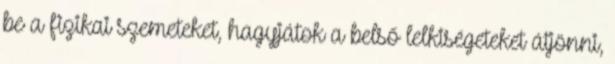
be a fizikai szemeteket, hagyjátok a belső lelkiségeteket átjönni,